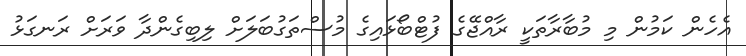
އެހެން ކަމުން މި މުބާރާތަކީ ރާއްޖޭގެ ފުޓްބޯޅައިގެ މުސްތަގުބަލަށް ލިބިގެންދާ ވަރަށް ރަނގަޅު